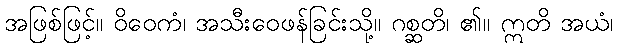
အဖြစ်ဖြင့်။ ဝိဝေကံ၊ အသီးဝေဖန်ခြင်းသို့။ ဂစ္ဆတိ၊ ၏။ ဣတိ အယံ၊